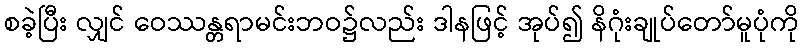
စခဲ့ပြီး လျှင် ဝေဿန္တရာမင်းဘဝ၌လည်း ဒါနဖြင့် အုပ်၍ နိဂုံးချုပ်တော်မူပုံကို